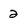
Character: 2